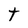
Character: t